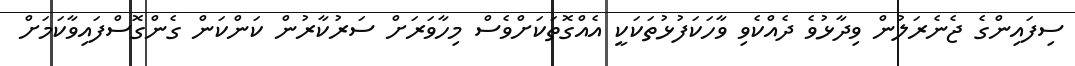
ސިފައިންގެ ޖެނެރަލުން ވިދާޅުވެ ދެއްކެވި ވާހަކަފުޅުތަކަކީ އެއްގޮތަކަށްވެސް މިހާވަރަށް ސަރުކާރުން ކަންކަން ގެންގޮސްފައިވާކަމަށް